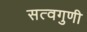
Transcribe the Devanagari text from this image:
सत्वगुणी